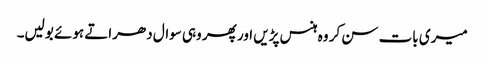
میری بات سن کر وہ ہنس پڑیں اور پھر وہی سوال دھراتے ہوئے بولیں۔